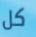
كل